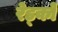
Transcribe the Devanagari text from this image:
रेड्को